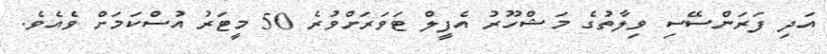
އަދި ފަރަންސޭސި ވިލާތުގެ މަޝްހޫރު އެފީލް ޓަވަރަށްވުރެ 50 މީޓަރު އުސްކަމަށް ވެއެވެ.